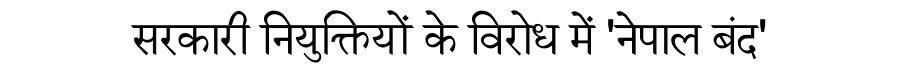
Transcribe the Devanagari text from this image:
सरकारी नियुक्तियों के विरोध में 'नेपाल बंद'